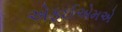
એફઈએમએ